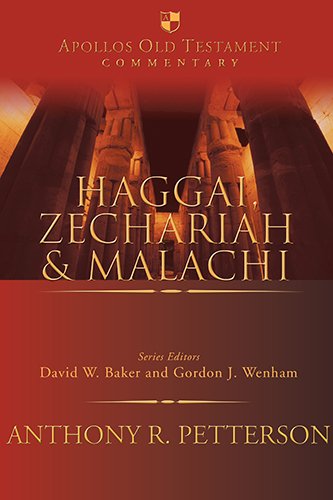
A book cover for Haggai, Zechariah and Malachi (Apollos Old Testament Commentary); Anthony R. Petterson; Christian Books & Bibles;